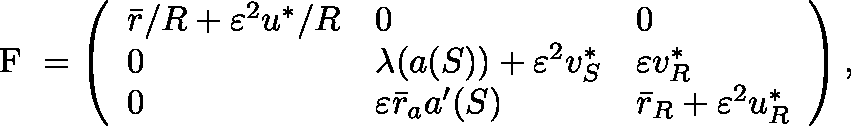
\begin{array} { r } { \mathrm { \boldmath { ~ F ~ } } = \left( \begin{array} { l l l } { { \bar { r } } / { R } + \varepsilon ^ { 2 } { u ^ { * } } / { R } } & { 0 } & { 0 } \\ { 0 } & { \lambda ( { a } ( S ) ) + \varepsilon ^ { 2 } v _ { S } ^ { * } } & { \varepsilon v _ { R } ^ { * } } \\ { 0 } & { \varepsilon \bar { r } _ { a } { a } ^ { \prime } ( S ) } & { \bar { r } _ { R } + \varepsilon ^ { 2 } u _ { R } ^ { * } } \end{array} \right) , } \end{array}